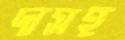
দাসহ